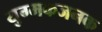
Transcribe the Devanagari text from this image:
युग्मकजनक